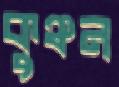
কুঞ্চন